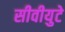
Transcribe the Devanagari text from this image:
सीवीयुटे